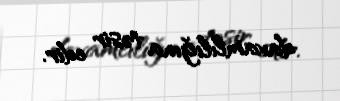
davamlılığına təsir edir.